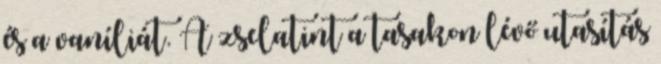
és a vaníliát. A zselatint a tasakon lévő utasítás